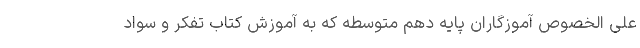
علی الخصوص آموزگاران پایه دهم متوسطه که به آموزش کتاب تفکر و سواد